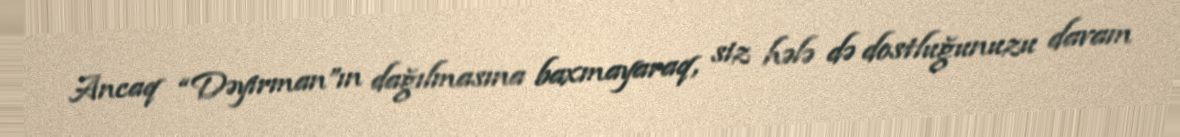
Ancaq “Dəyirman”ın dağılmasına baxmayaraq, siz hələ də dostluğunuzu davam